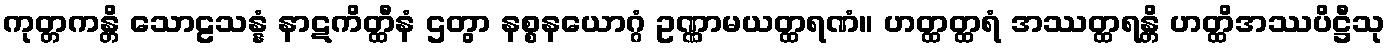
ကုတ္တကန္တိ သောဠသန္နံ နာဋကိတ္ထီနံ ဌတွာ နစ္စနယောဂ္ဂံ ဥဏ္ဏာမယတ္ထရဏံ။ ဟတ္ထတ္ထရံ အဿတ္ထရန္တိ ဟတ္ထိအဿပိဋ္ဌီသု